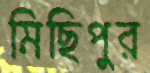
মিছিপুর